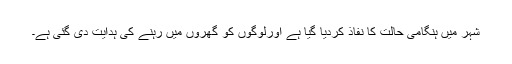
شہر میں ہنگامی حالت کا نفاذ کردیا گیا ہے اورلوگوں کو گھروں میں رہنے کی ہدایت دی گئی ہے۔